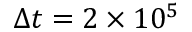
\Delta t = 2 \times 1 0 ^ { 5 }